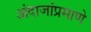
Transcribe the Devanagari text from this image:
अंदाजांप्रमाणे